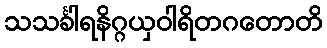
သသင်္ခါရနိဂ္ဂယှဝါရိတဂတောတိ